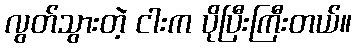
လွတ်သွားတဲ့ ငါးက ပိုပြီးကြီးတယ်။